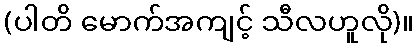
(ပါတိ မောက်အကျင့် သီလဟူလို)။